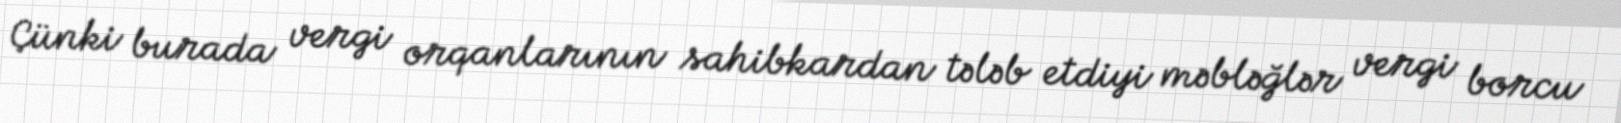
Çünki burada vergi orqanlarının sahibkardan tələb etdiyi məbləğlər vergi borcu